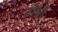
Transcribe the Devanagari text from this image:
तोभी